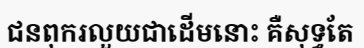
ជនពុករលួយជាដើមនោះ គឺសុទ្ធតែ